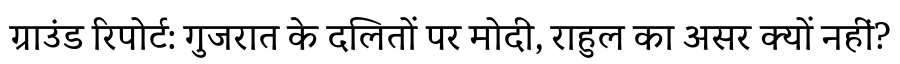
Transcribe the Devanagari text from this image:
ग्राउंड रिपोर्ट: गुजरात के दलितों पर मोदी, राहुल का असर क्यों नहीं?